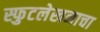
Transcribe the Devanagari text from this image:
स्फुटलेखनाचा